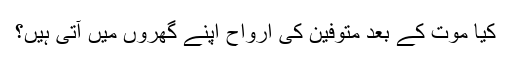
کیا موت کے بعد متوفین کی ارواح اپنے گھروں میں‌ آتی ہیں؟